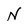
Character: N